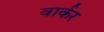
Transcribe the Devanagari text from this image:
वार्कर